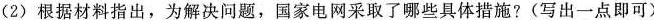
(2)根据材料指出，为解决问题，国家电网采取了哪些具体措施？(写出一点即可)